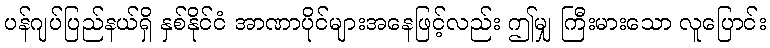
ပန်ဂျပ်ပြည်နယ်ရှိ နှစ်နိုင်ငံ အာဏာပိုင်များအနေဖြင့်လည်း ဤမျှ ကြီးမားသော လူပြောင်း